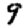
Digit: 9